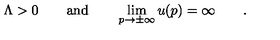
\Lambda > 0 \qquad \mathrm { a n d } \qquad \lim _ { p \to \pm \infty } u ( p ) = \infty \qquad .